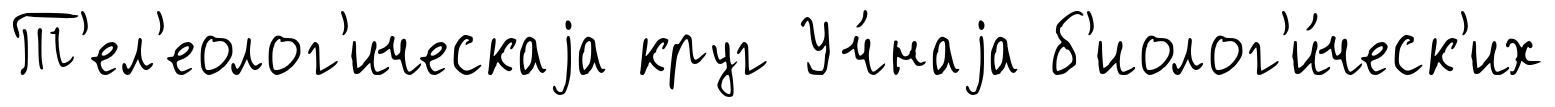
Т'ел'еолог'ическаjа круг Уч́наjа б'иолог'и́ческ'их